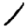
Digit: 1